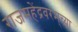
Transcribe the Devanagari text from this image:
राजमहेंद्रवरम्‌च्या